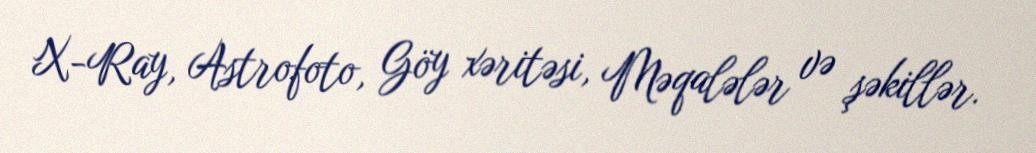
X-Ray, Astrofoto, Göy xəritəsi, Məqalələr və şəkillər.